65_HS1-834228961_62-HQ-83894_Section_10
Agency: FBI
Page 71
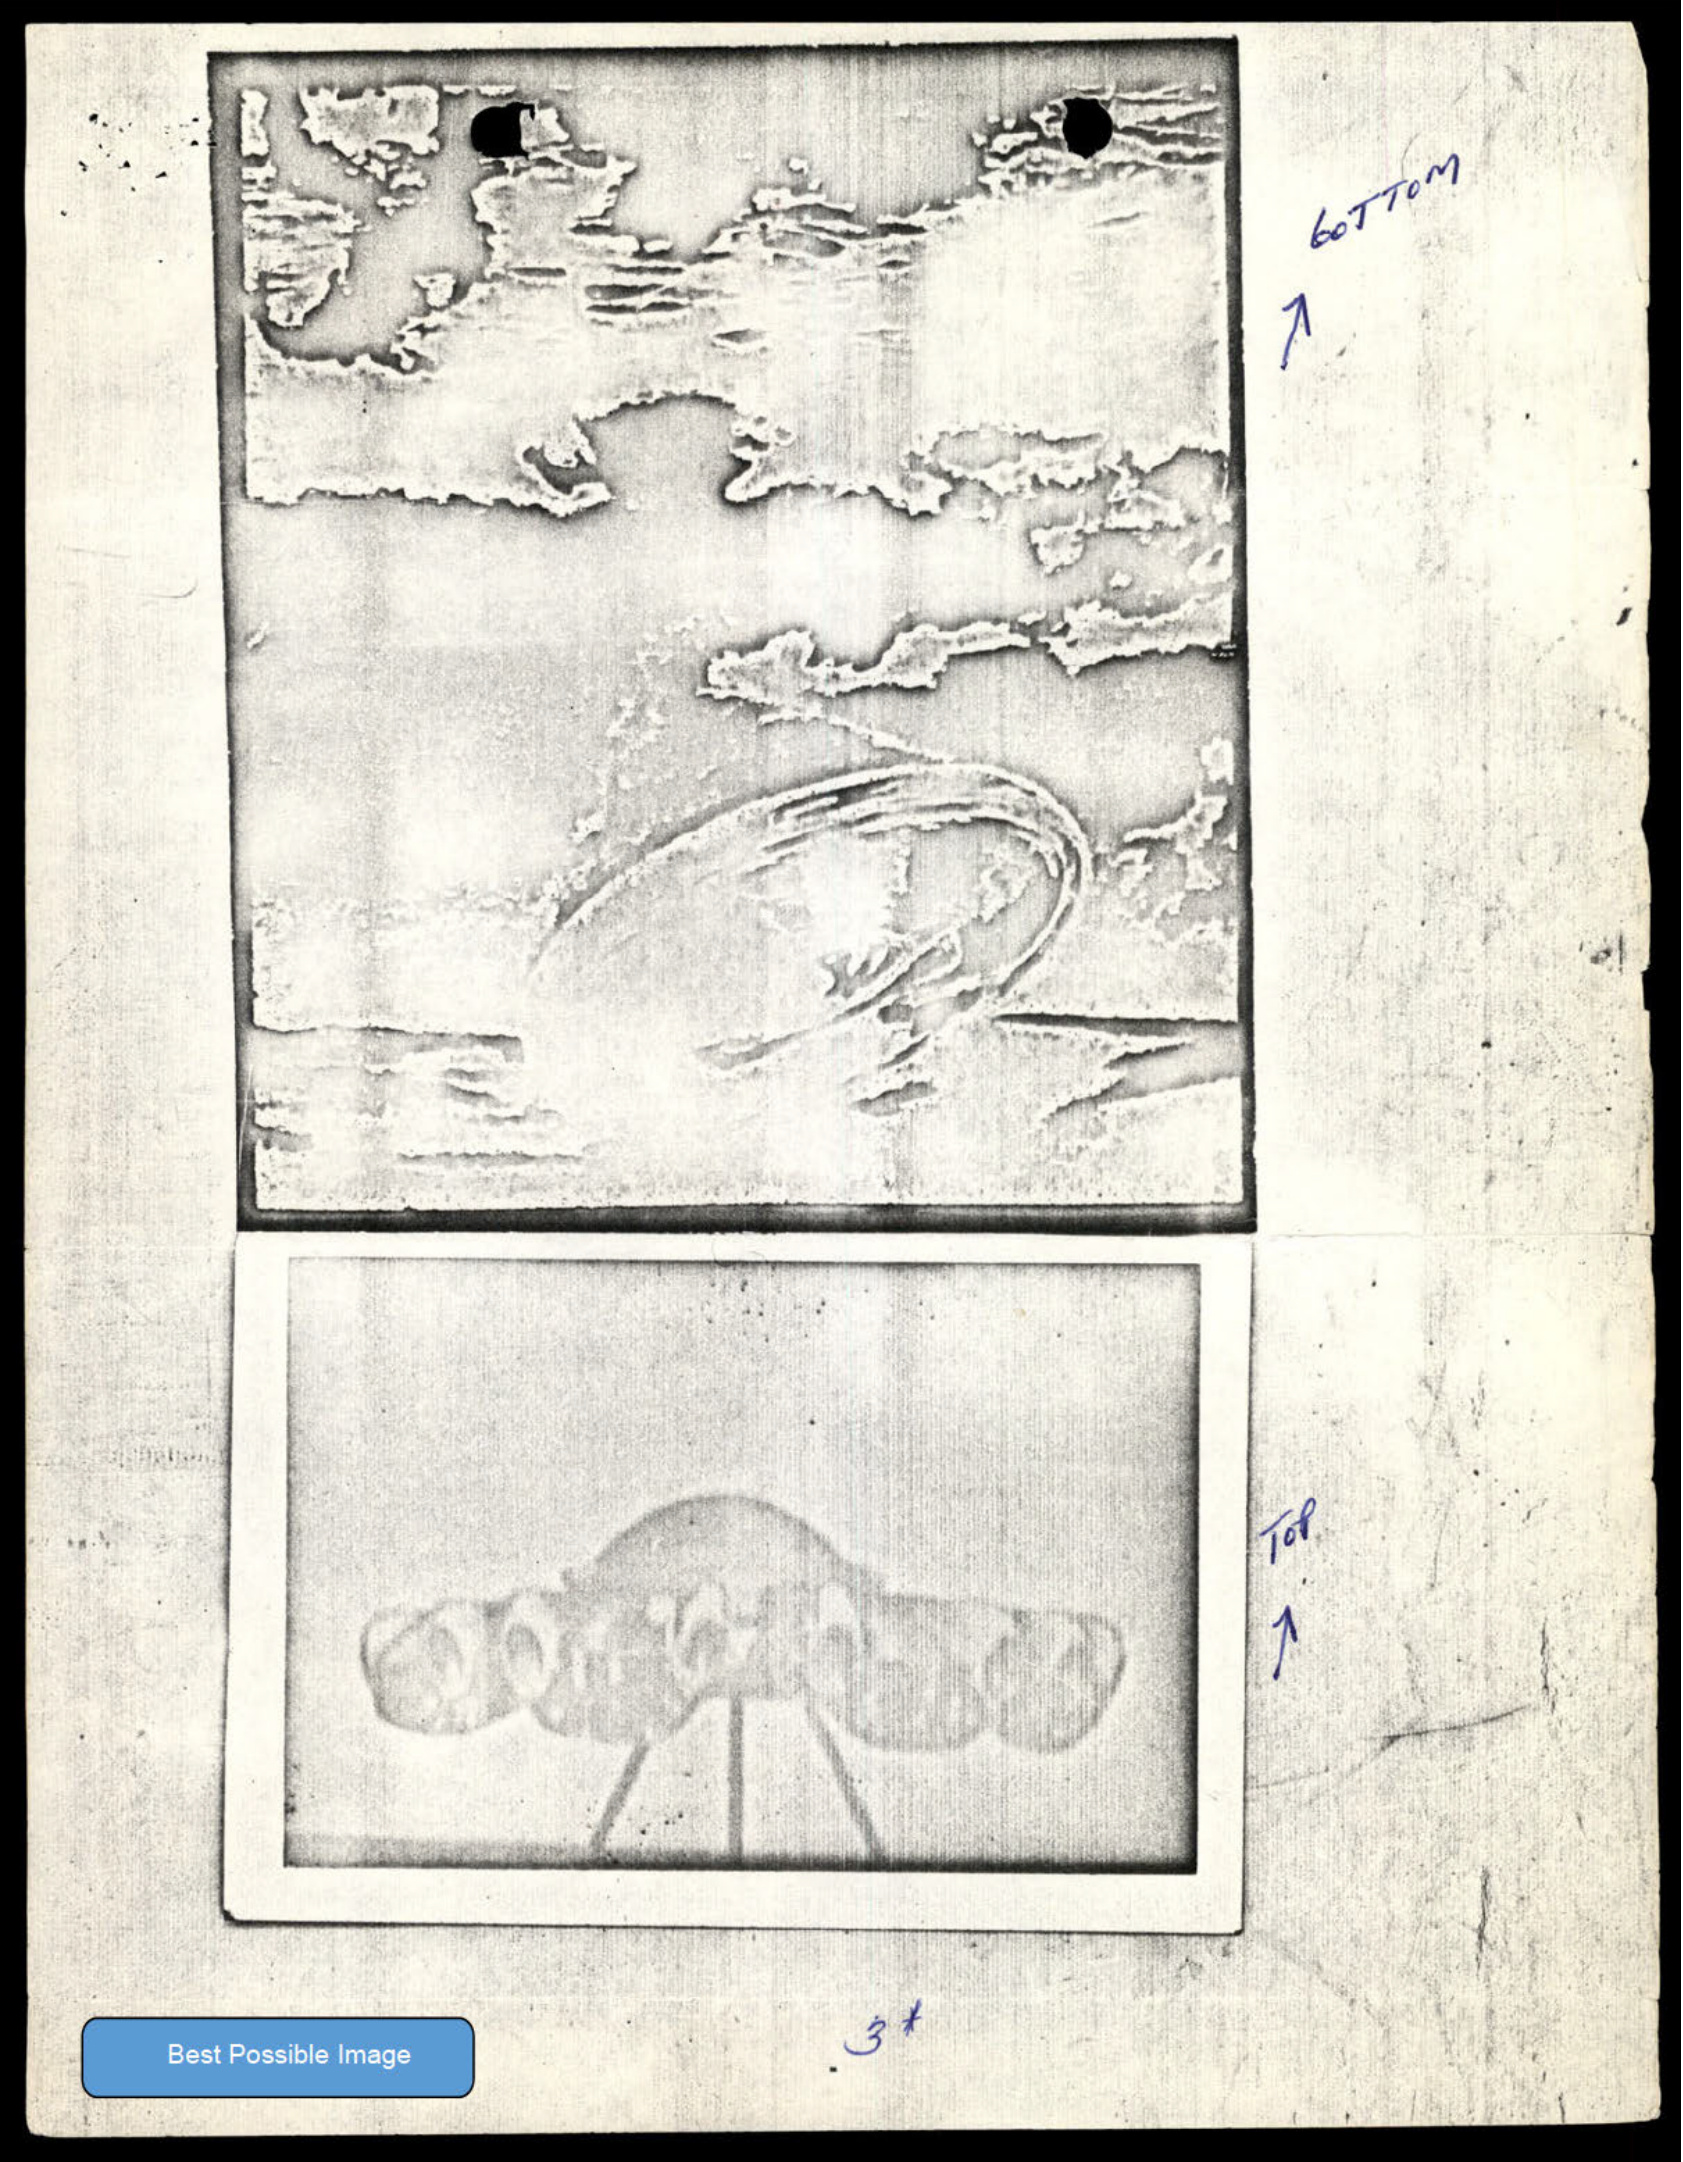